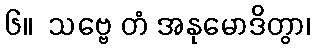
၆။  သဗ္ဗေ တံ အနုမောဒိတွာ၊